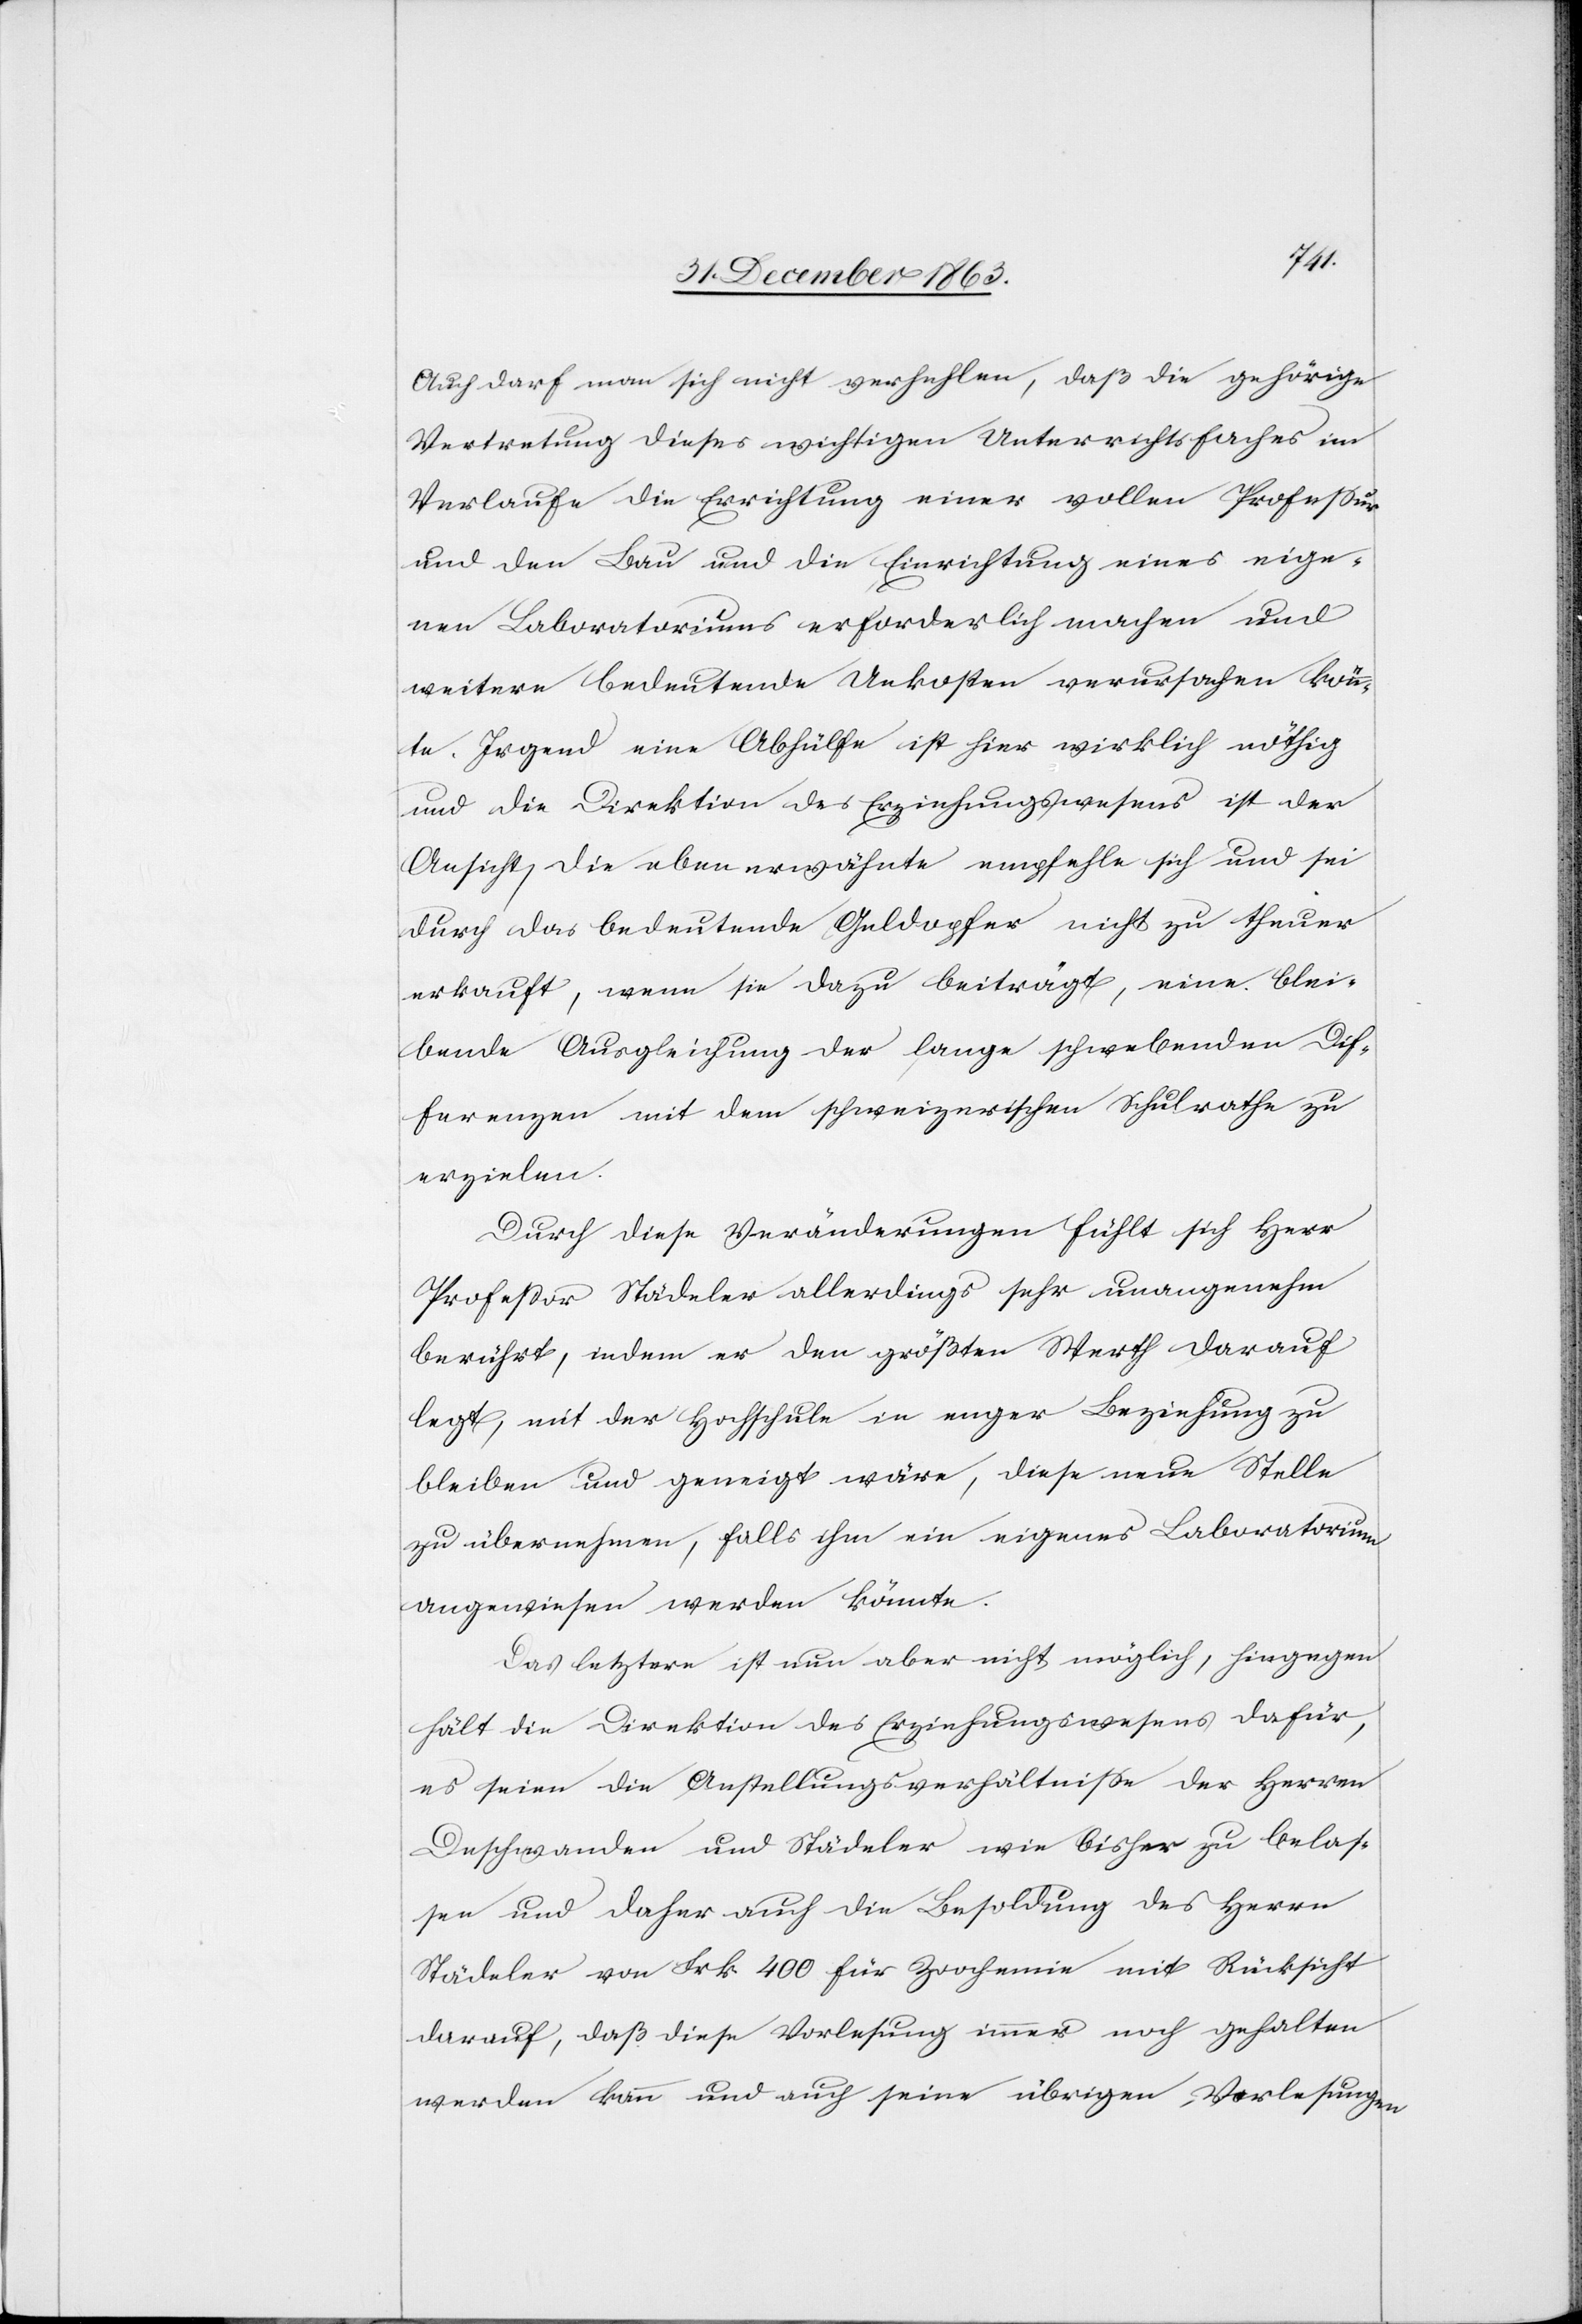
Auch darf man sich nicht verhehlen, daß die gehörige
Vertretung dieses wichtigen Unterrichtsfaches im
Verlaufe die Errichtung einer vollen Professur
und den Bau und die Einrichtung eines eige¬
nen Laboratoriums erforderlich machen und
weitere bedeutende Unkosten verursachen könn¬
te. Irgend eine Abhülfe ist hier wirklich nöthig
und die Direktion des Erziehungswesens ist der
Ansicht, die eben erwähnte empfehle sich und sei
durch das bedeutende Geldopfer nicht zu theuer
erkauft, wenn sie dazu beiträgt, eine blei¬
bende Ausgleichung der lange schwebenden Dif¬
ferenzen mit dem schweizerischen Schulrathe zu
erzielen.
Durch diese Veränderungen fühlt sich Herr
Professor Städeler allerdings sehr unangenehm
berührt, indem er den größten Werth darauf
legt, mit der Hochschule in enger Beziehung zu
bleiben und geneigt wäre, diese neue Stelle
zu übernehmen, falls ihm ein eigenes Laboratorium
angewiesen werden könnte.
Das letztere ist nun aber nicht möglich, hingegen
hält die Direktion des Erziehungswesens dafür,
es seien die Anstellungsverhältnisse der Herren
Deschwanden und Städeler wie bisher zu belas¬
sen und daher auch die Besoldung des Herrn
Städeler von Frk. 400 für Zoochemie mit Rücksicht
darauf, daß diese Vorlesung immer noch gehalten
werden kann und auch seine übrigen Vorlesungen